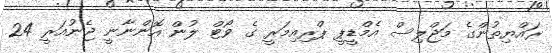
ރައްޔިތުންގެ މަޖްލިސް އެމްޑީޕީ ޕްރިއިމަރީ ގެ ވޯޓް ލުން އޮންނާނީ ޖެނުއަރީ 24